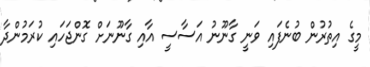
މީގެ އިތުރުން ބުނެފައި ވަނީ ގާނޫނު އަސާސީ އާއި ގާނޫނަށް ގޮންޖަހައި ކުރަމުންދާ